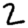
Digit: 2